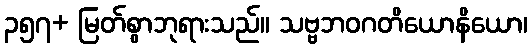
၃၅၇+ မြတ်စွာဘုရားသည်။ သဗ္ဗဘဝဂတိယောနိယော၊